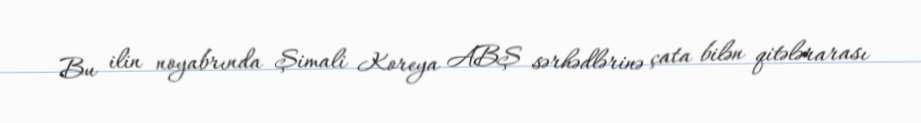
Bu ilin noyabrında Şimali Koreya ABŞ sərhədlərinə çata bilən qitələrarası